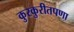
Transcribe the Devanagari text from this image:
कुरकुरीतपणा